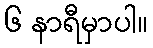
၆ နာရီမှာပါ။